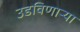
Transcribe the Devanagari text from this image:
उडविणार्‍या